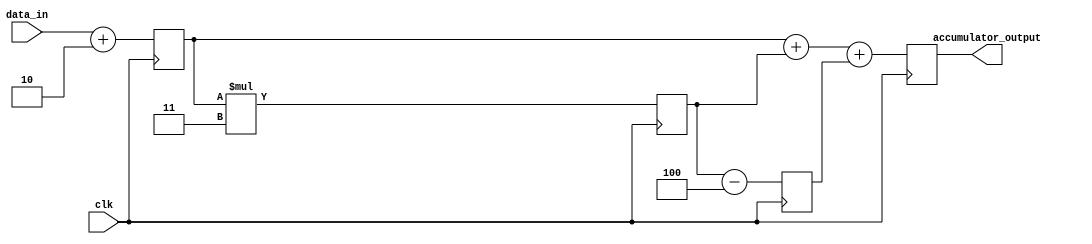
module Pipeline_accumulator(
    input clk,
    input [31:0] data_in,
    output reg [31:0] accumulator_output
);

// Define the Arithmetic blocks in the pipeline
reg [31:0] result1, result2, result3;

always @(posedge clk) begin
    // Arithmetic Block 1 (Addition)
    result1 <= data_in + 2;
    
    // Arithmetic Block 2 (Multiplication)
    result2 <= result1 * 3;
    
    // Arithmetic Block 3 (Subtraction)
    result3 <= result2 - 4;
    
    // Accumulator function
    accumulator_output <= result1 + result2 + result3;
end

endmodule